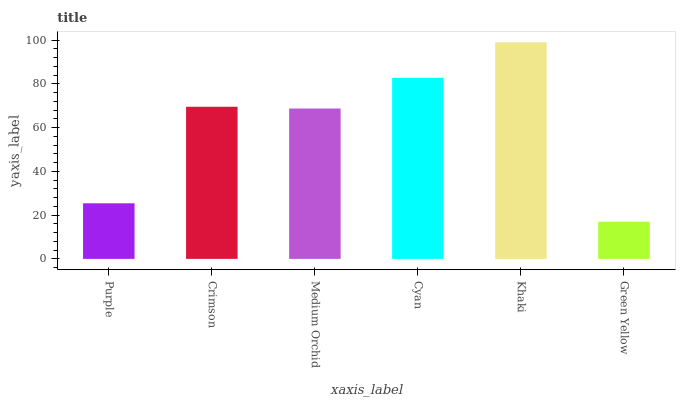
| xaxis_label | bars |
 | --- | --- |
 | Purple | 25.4 |
 | Crimson | 69.5 |
 | Medium Orchid | 68.7 |
 | Cyan | 82.8 |
 | Khaki | 99 |
 | Green Yellow | 17 |